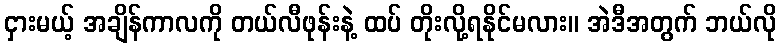
ငှားမယ့် အချိန်ကာလကို တယ်လီဖုန်းနဲ့ ထပ် တိုးလို့ရနိုင်မလား။ အဲဒီအတွက် ဘယ်လို